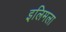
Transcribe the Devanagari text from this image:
इलिमला